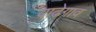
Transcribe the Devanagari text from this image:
वाढेगाव